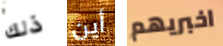
ذلك أين اخبريهم